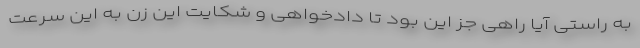
به راستی آیا راهی جز این بود تا دادخواهی و شکایت این زن به این سرعت